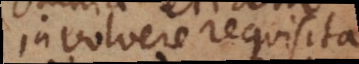
involvere requisita